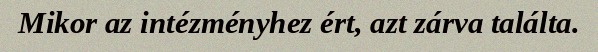
Mikor az intézményhez ért, azt zárva találta.